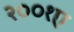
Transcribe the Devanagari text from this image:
२००१ए